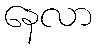
နေလာ